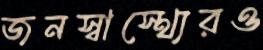
জনস্বাস্থ্যেরও